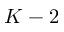
K - 2